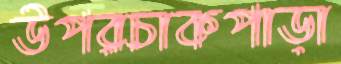
উপরচাকপাড়া